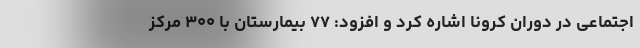
اجتماعی در دوران کرونا اشاره کرد و افزود: ۷۷ بیمارستان با ۳۰۰ مرکز